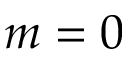
m = 0